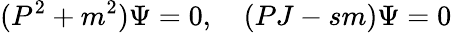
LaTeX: (P^{2}+m^{2})\Psi=0,\quad(PJ-sm)\Psi=0